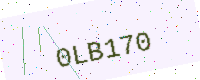
Text: 0LB170